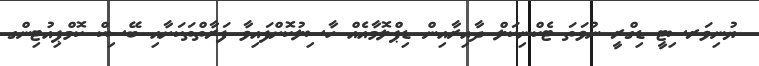
ޔުނިވަރސިޓީ ޑިގްރީ ނުވަތަ ޓެކްނިކަލް ދާއިރާއިން ޑިޕްލޮމާއެއް ހާސިލުކޮށްފައިވާ ފަރާތްތަކަށާއި ބޭސިކް ކޮމްޕިއުޓިންގ